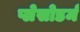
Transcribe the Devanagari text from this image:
प्लेसोडर्म